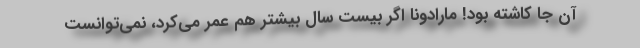
آن جا کاشته بود! مارادونا اگر بیست سال بیشتر هم عمر می‌کرد، نمی‌توانست